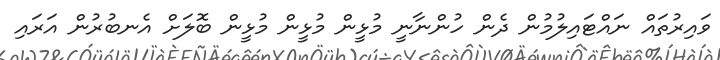
ވައިރުތައް ނައްޓައިލުމުން ދެން ހުންނާނީ މުޅީން މުޅީން މުޅީން ބޮލަށް އެނބުރުން އަރައި